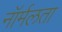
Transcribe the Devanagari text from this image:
नॉर्मलता